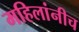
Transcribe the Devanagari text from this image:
महिलांनीच